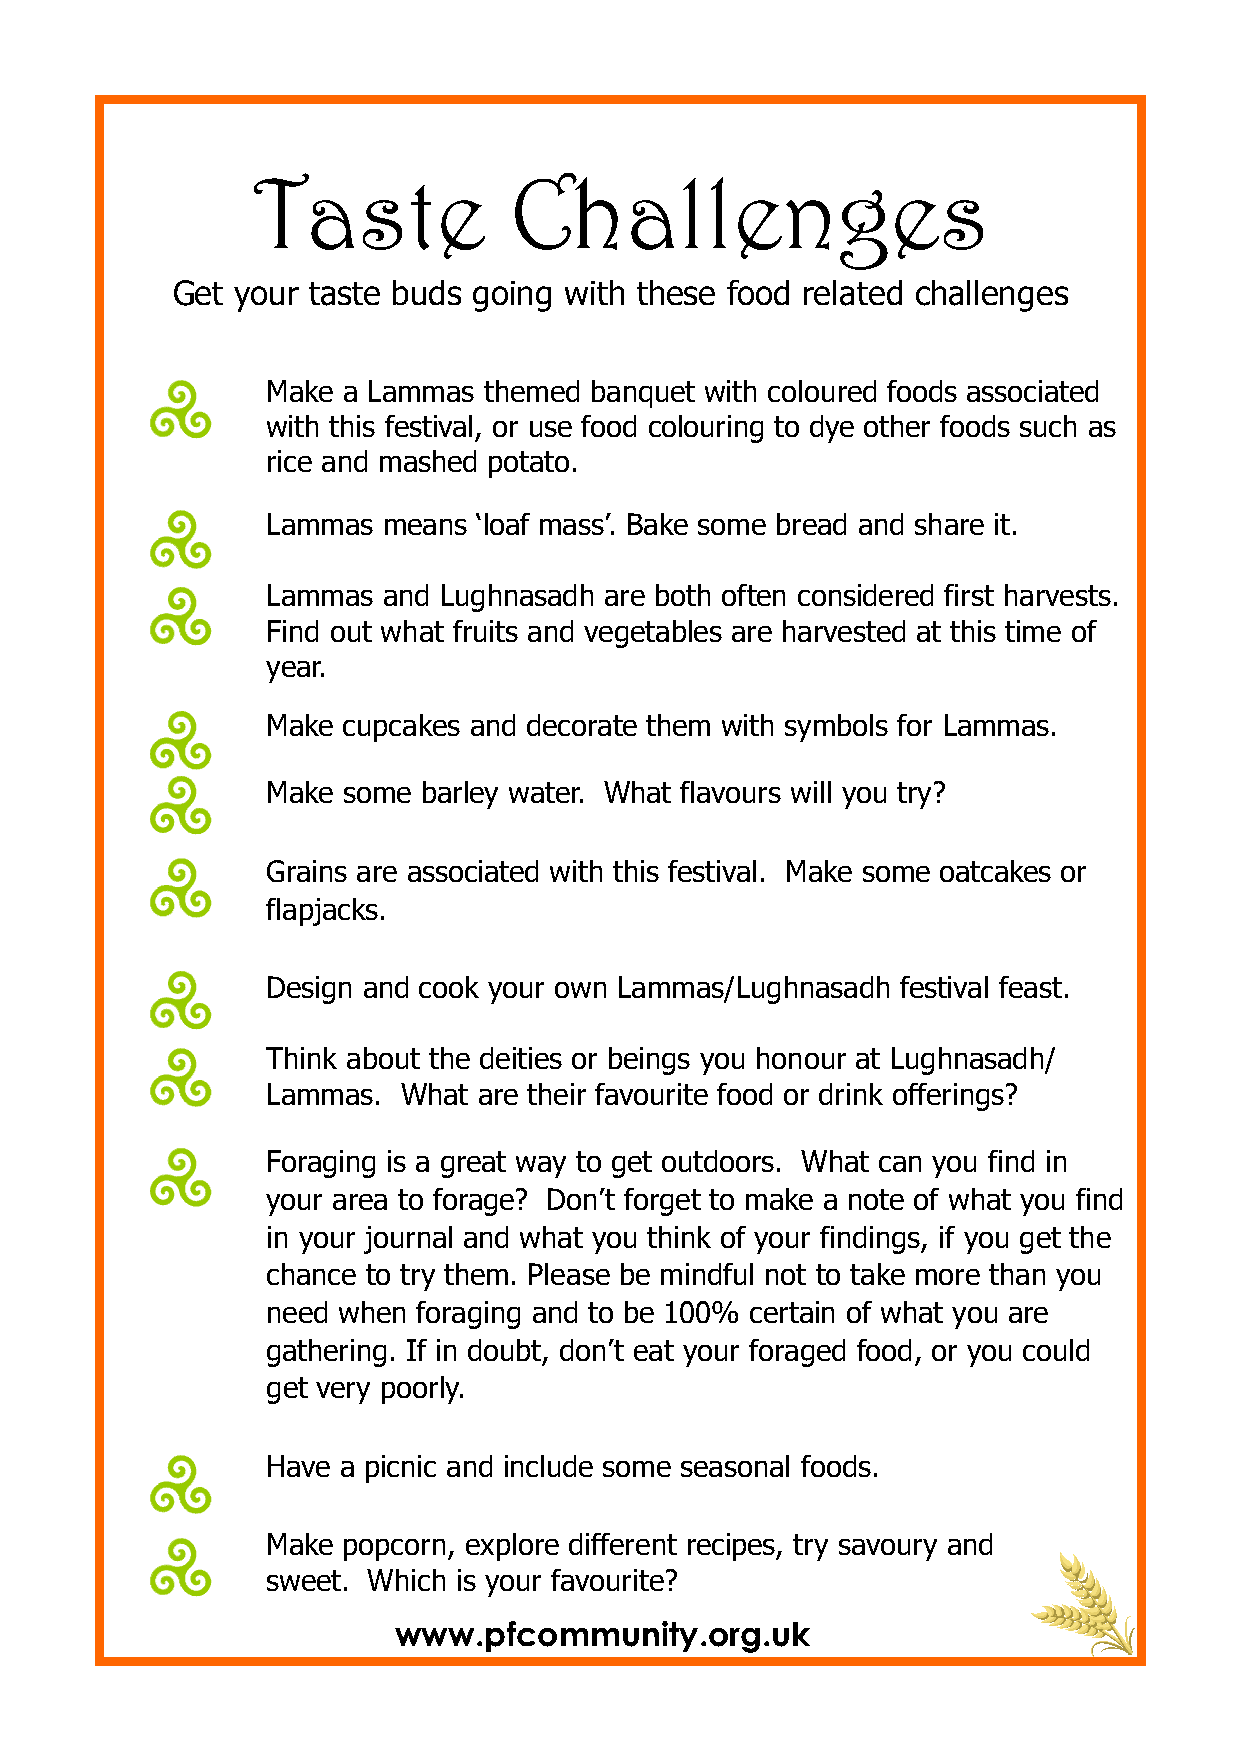
Taste            Challenges
 Get your taste buds going with these food related challenges
 Make a Lammas themed banquet with coloured foods associated
 with this festival, or use food colouring to dye other foods such as
 rice and mashed potato.
 Lammas means  ‘loaf mass’. Bake some bread and share it.
 Lammas and Lughnasadh are both often considered first harvests.
 Find out what fruits and vegetables are harvested at this time of
 year.
 Make cupcakes and decorate them with symbols for Lammas.
 Make some barley water. What flavours will you try?
 Grains are associated with this festival. Make some oatcakes or
 flapjacks.
 Design and cook your own Lammas/Lughnasadh festival feast.
 Think about the deities or beings you honour at Lughnasadh/
 Lammas.  What are their favourite food or drink offerings?
 Foraging is a great way to get outdoors. What can you find in
 your area to forage? Don’t forget to make a note of what you find
 in your journal and what you think of your findings, if you get the
 chance to try them. Please be mindful not to take more than you
 need when foraging and to be 100% certain of what you are
 gathering. If in doubt, don’t eat your foraged food, or you could
 get very poorly.
 Have a picnic and include some seasonal foods.
 Make popcorn, explore different recipes, try savoury and
 sweet. Which is your favourite?
 www.pfcommunity.org.uk